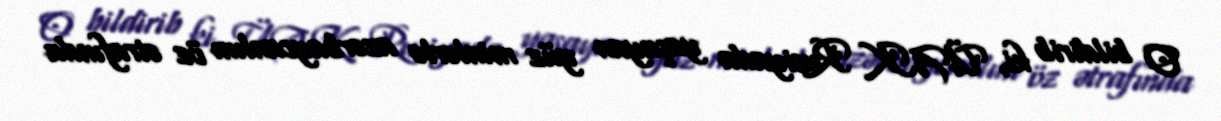
O bildirib ki, ÜAK Rusiyada yaşayan yüz minlərlə azərbaycanlını öz ətrafında